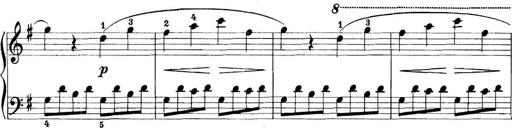
Title: 11 Sonatinas
Composer: Anton Diabelli